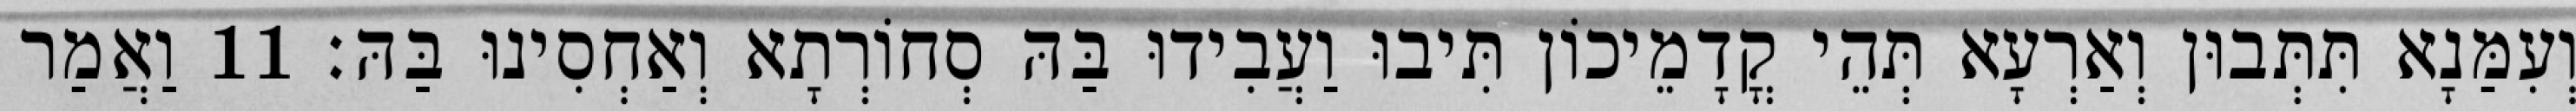
וְעִמַּנָא תִּתְּבוּן וְאַרְעָא תְּהֵי קֳדָמֵיכוֹן תִּיבוּ וַעֲבִידוּ בַּהּ סְחוֹרְתָא וְאַחְסִינוּ בַּהּ׃ 11 וַאֲמַר